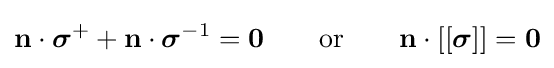
\mathbf {n} \cdot {\boldsymbol {\sigma }}^{+}+\mathbf {n} \cdot {\boldsymbol {\sigma }}^{-1}=\mathbf {0} \qquad {\text{or}}\qquad \mathbf {n} \cdot [[{\boldsymbol {\sigma }}]]=\mathbf {0}